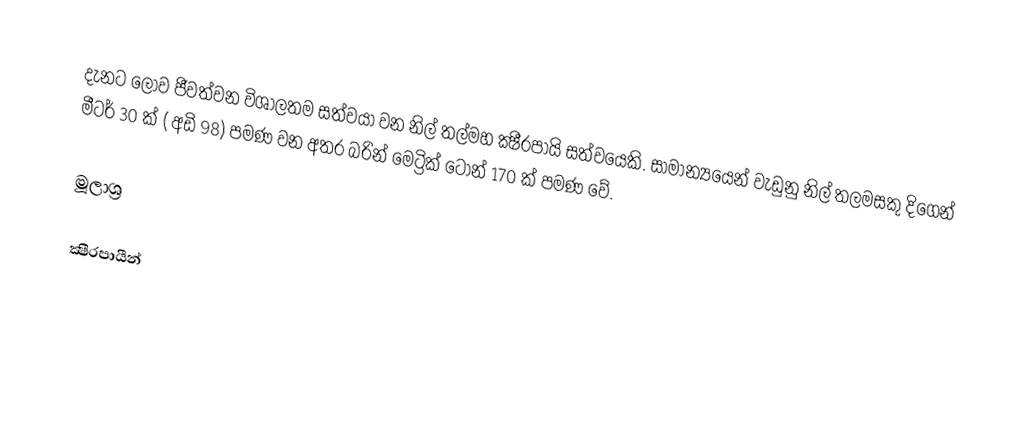
දැනට ලොව ජීවත්වන විශාලතම සත්වයා වන  නිල් තල්මහ ක්‍ෂීරපායි සත්වයෙකි. සාමාන්‍යයෙන් වැඩුනු නිල් තලමසකු දිගෙන් මීටර් 30 ක් ( අඩි 98) පමණ වන අතර බරින් මෙට්‍රික් ටොන් 170 ක් පමණ වේ.

මූලාශ්‍ර

ක්‍ෂීරපායීන්